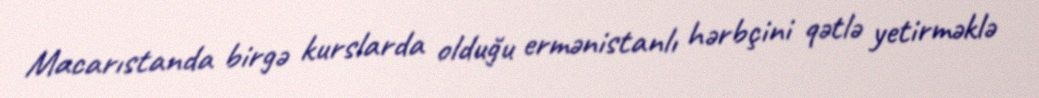
Macarıstanda birgə kurslarda olduğu ermənistanlı hərbçini qətlə yetirməklə